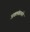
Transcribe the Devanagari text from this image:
अवलंबायचे